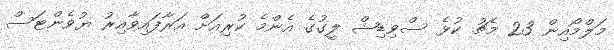
މަލްމޯއިން 23 މެޗު ކުޅެ ސްވިޑިޝް ލީގުގެ އެންމެ ކުރިއަށް އަރާފައިވާއިރު ޔުވެންޓަސް